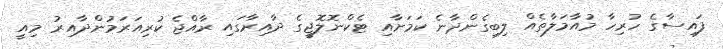
ފައިސާގެ ހުރިހާ މުއާމަލާތެއް ލިބިގެންދާނެ ކަމަށާއި ޓެކްނޮލޮޖީގެ ދާއިރާގައި ރާއްޖެ ކުރިއަރަމުންދާއިރު މިއީ